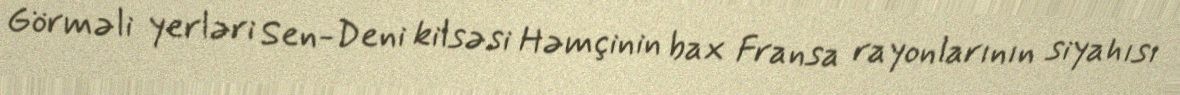
Görməli yerləri Sen-Deni kilsəsi Həmçinin bax Fransa rayonlarının siyahısı